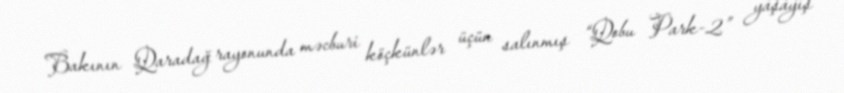
Bakının Qaradağ rayonunda məcburi köçkünlər üçün salınmış “Qobu Park-2” yaşayış